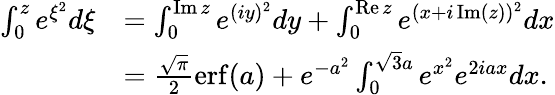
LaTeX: \begin{array}{rl}{\int_{0}^{z}e^{\xi^{2}}d\xi}&{=\int_{0}^{\operatorname{Im}z}e^{(iy)^{2}}dy+\int_{0}^{\operatorname{Re}z}e^{(x+i\operatorname{Im}(z))^{2}}dx}\\ &{=\frac{\sqrt{\pi}}{2}\operatorname{erf}(a)+e^{-a^{2}}\int_{0}^{\sqrt{3}a}e^{x^{2}}e^{2iax}dx.}\end{array}